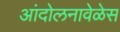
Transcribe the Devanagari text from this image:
आंदोलनावेळेस